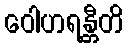
ဝေါဟရန္တီတိ